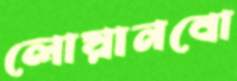
লোয়ানবো